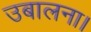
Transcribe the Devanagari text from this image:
उबालना।